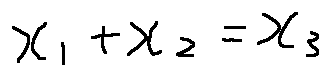
x _ { 1 } + x _ { 2 } = x _ { 3 }